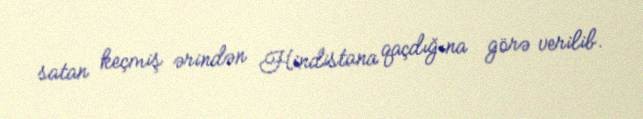
satan keçmiş ərindən Hindistana qaçdığına görə verilib.